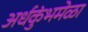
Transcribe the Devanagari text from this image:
अर्धकुंभमेळा